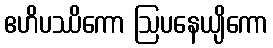
ဧဟိပဿိကော ဩပနေယျိကော